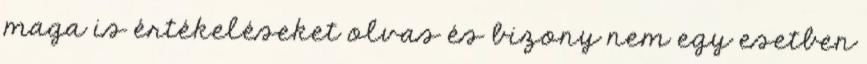
maga is értékeléseket olvas és bizony nem egy esetben